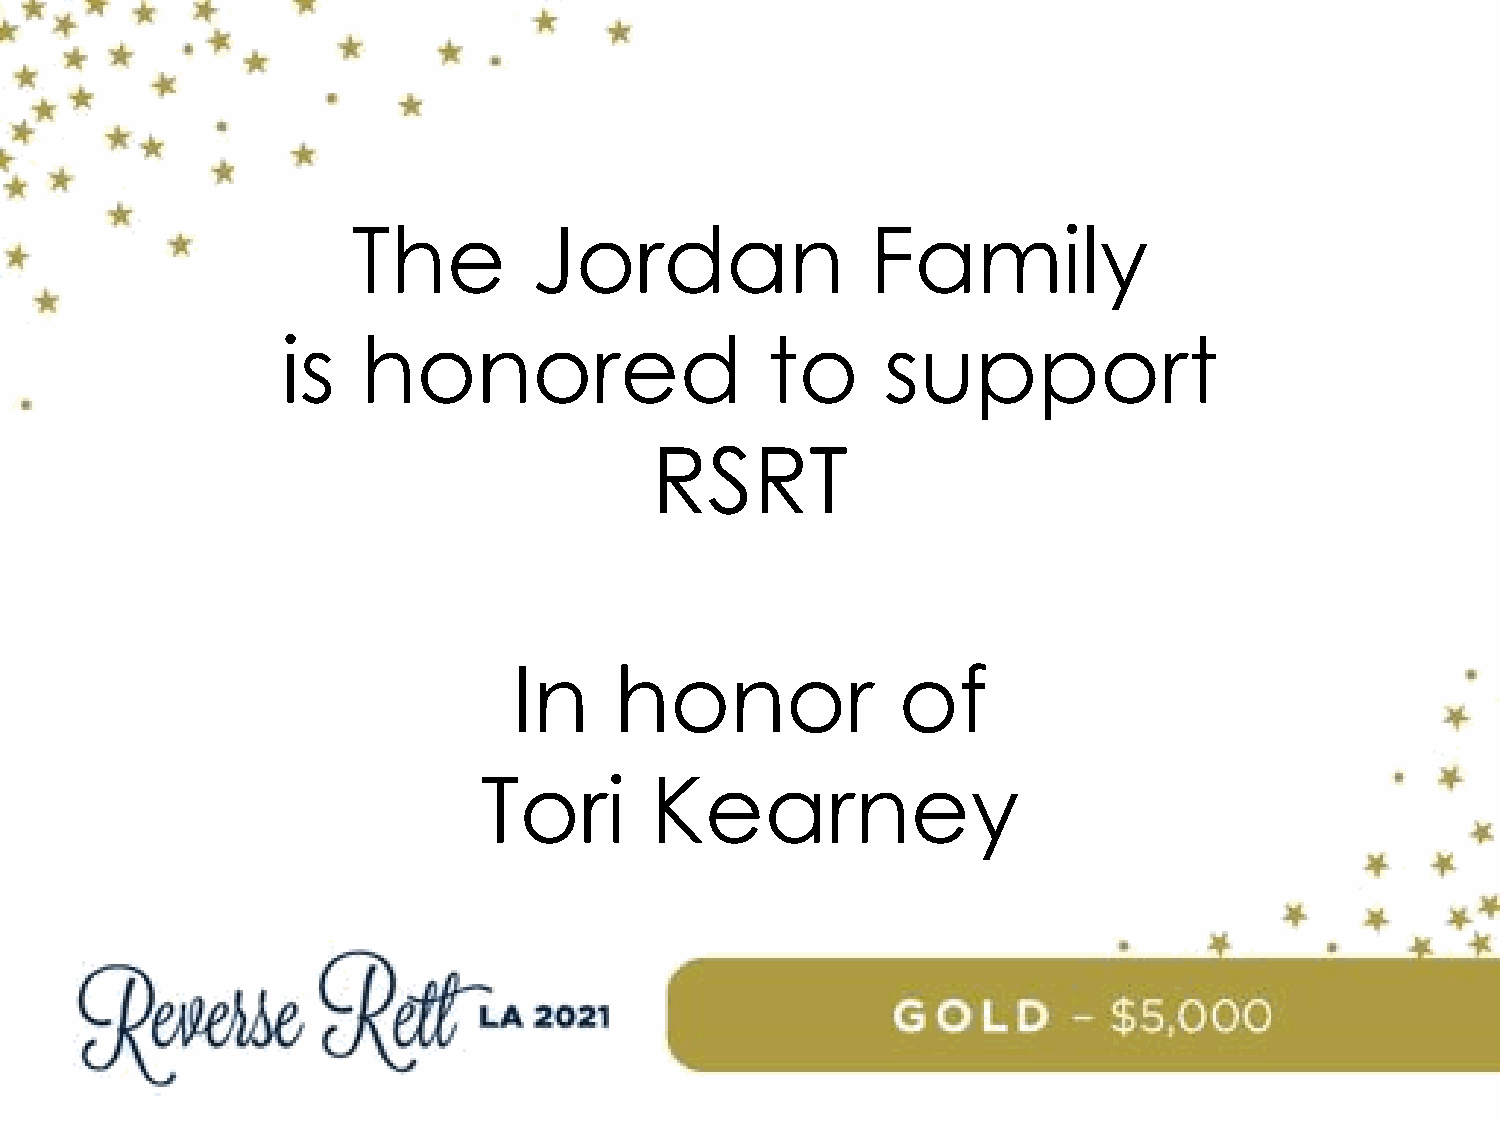
The         Jordan                 Family
 is   honored                    to      support
 RSRT
 In     honor              of
 Tori       Kearney